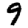
Digit: 9